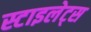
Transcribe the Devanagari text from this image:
स्टाइलेट्स